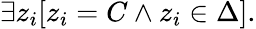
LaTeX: \exists z_{i}[z_{i}=C\land z_{i}\in\Delta].